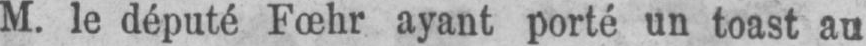
M. le député Fœhr ayant porté un toast au